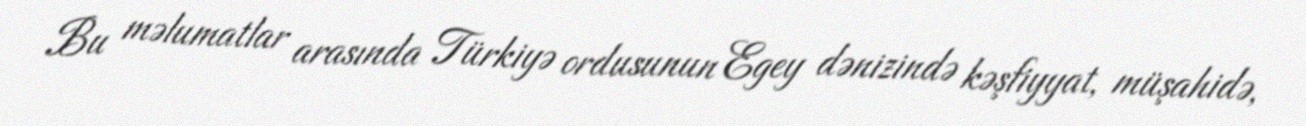
Bu məlumatlar arasında Türkiyə ordusunun Egey dənizində kəşfiyyat, müşahidə,